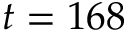
t = 1 6 8